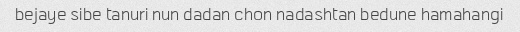
bejaye sibe tanuri nun dadan chon nadashtan bedune hamahangi